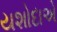
યશોદાએ